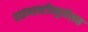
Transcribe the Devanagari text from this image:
हाइपरस्टीम्युलेशन